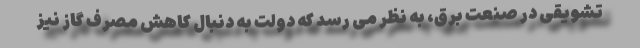
تشویقی در صنعت برق، به نظر می رسد که دولت به دنبال کاهش مصرف گاز نیز